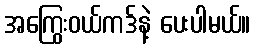
အကြွေးဝယ်ကဒ်နဲ့ ပေးပါမယ်။